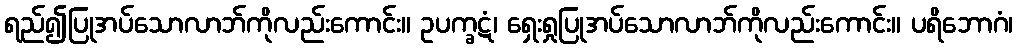
ရည်၍ပြုအပ်သောလာဘ်ကိုလည်းကောင်း။ ဥပက္ခဋံ၊ ရှေးရှုပြုအပ်သောလာဘ်ကိုလည်းကောင်း။ ပရိဘောဂံ၊